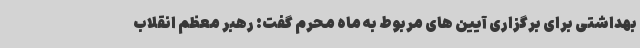
بهداشتی برای برگزاری آیین های مربوط به ماه محرم گفت: رهبر معظم انقلاب